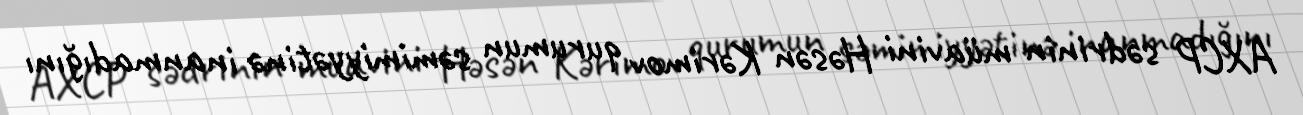
AXCP sədrinin müavini Həsən Kərimov qurumun səmimiyyətinə inanmadığını